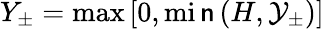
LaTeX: Y_{\pm}=\operatorname*{max}\left[0,\operatorname*{mi\mathsf{n}}\left(H,\mathcal{{Y}}_{\pm}\right)\right]